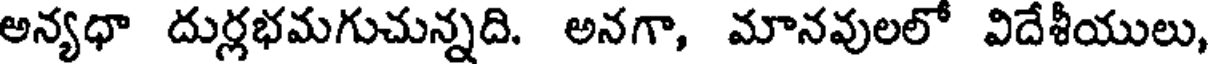
అన్యధా దుర్లభమగుచున్నది. అనగా, మానవులలో విదేశీయులు,